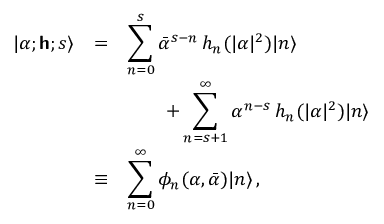
\begin{array} { l l l } { | \alpha ; \boldsymbol { \mathsf { h } } ; s \rangle } & { = } & { \displaystyle \sum _ { n = 0 } ^ { s } { \bar { \alpha } } ^ { s - n } \, h _ { n } ( \vert \alpha \vert ^ { 2 } ) | n \rangle } \\ & & { \qquad \displaystyle + \sum _ { n = s + 1 } ^ { \infty } \alpha ^ { n - s } \, h _ { n } ( \vert \alpha \vert ^ { 2 } ) | n \rangle } \\ { \displaystyle } & { \equiv } & { \displaystyle \sum _ { n = 0 } ^ { \infty } \phi _ { n } ( \alpha , \bar { \alpha } ) | n \rangle \, , } \end{array}